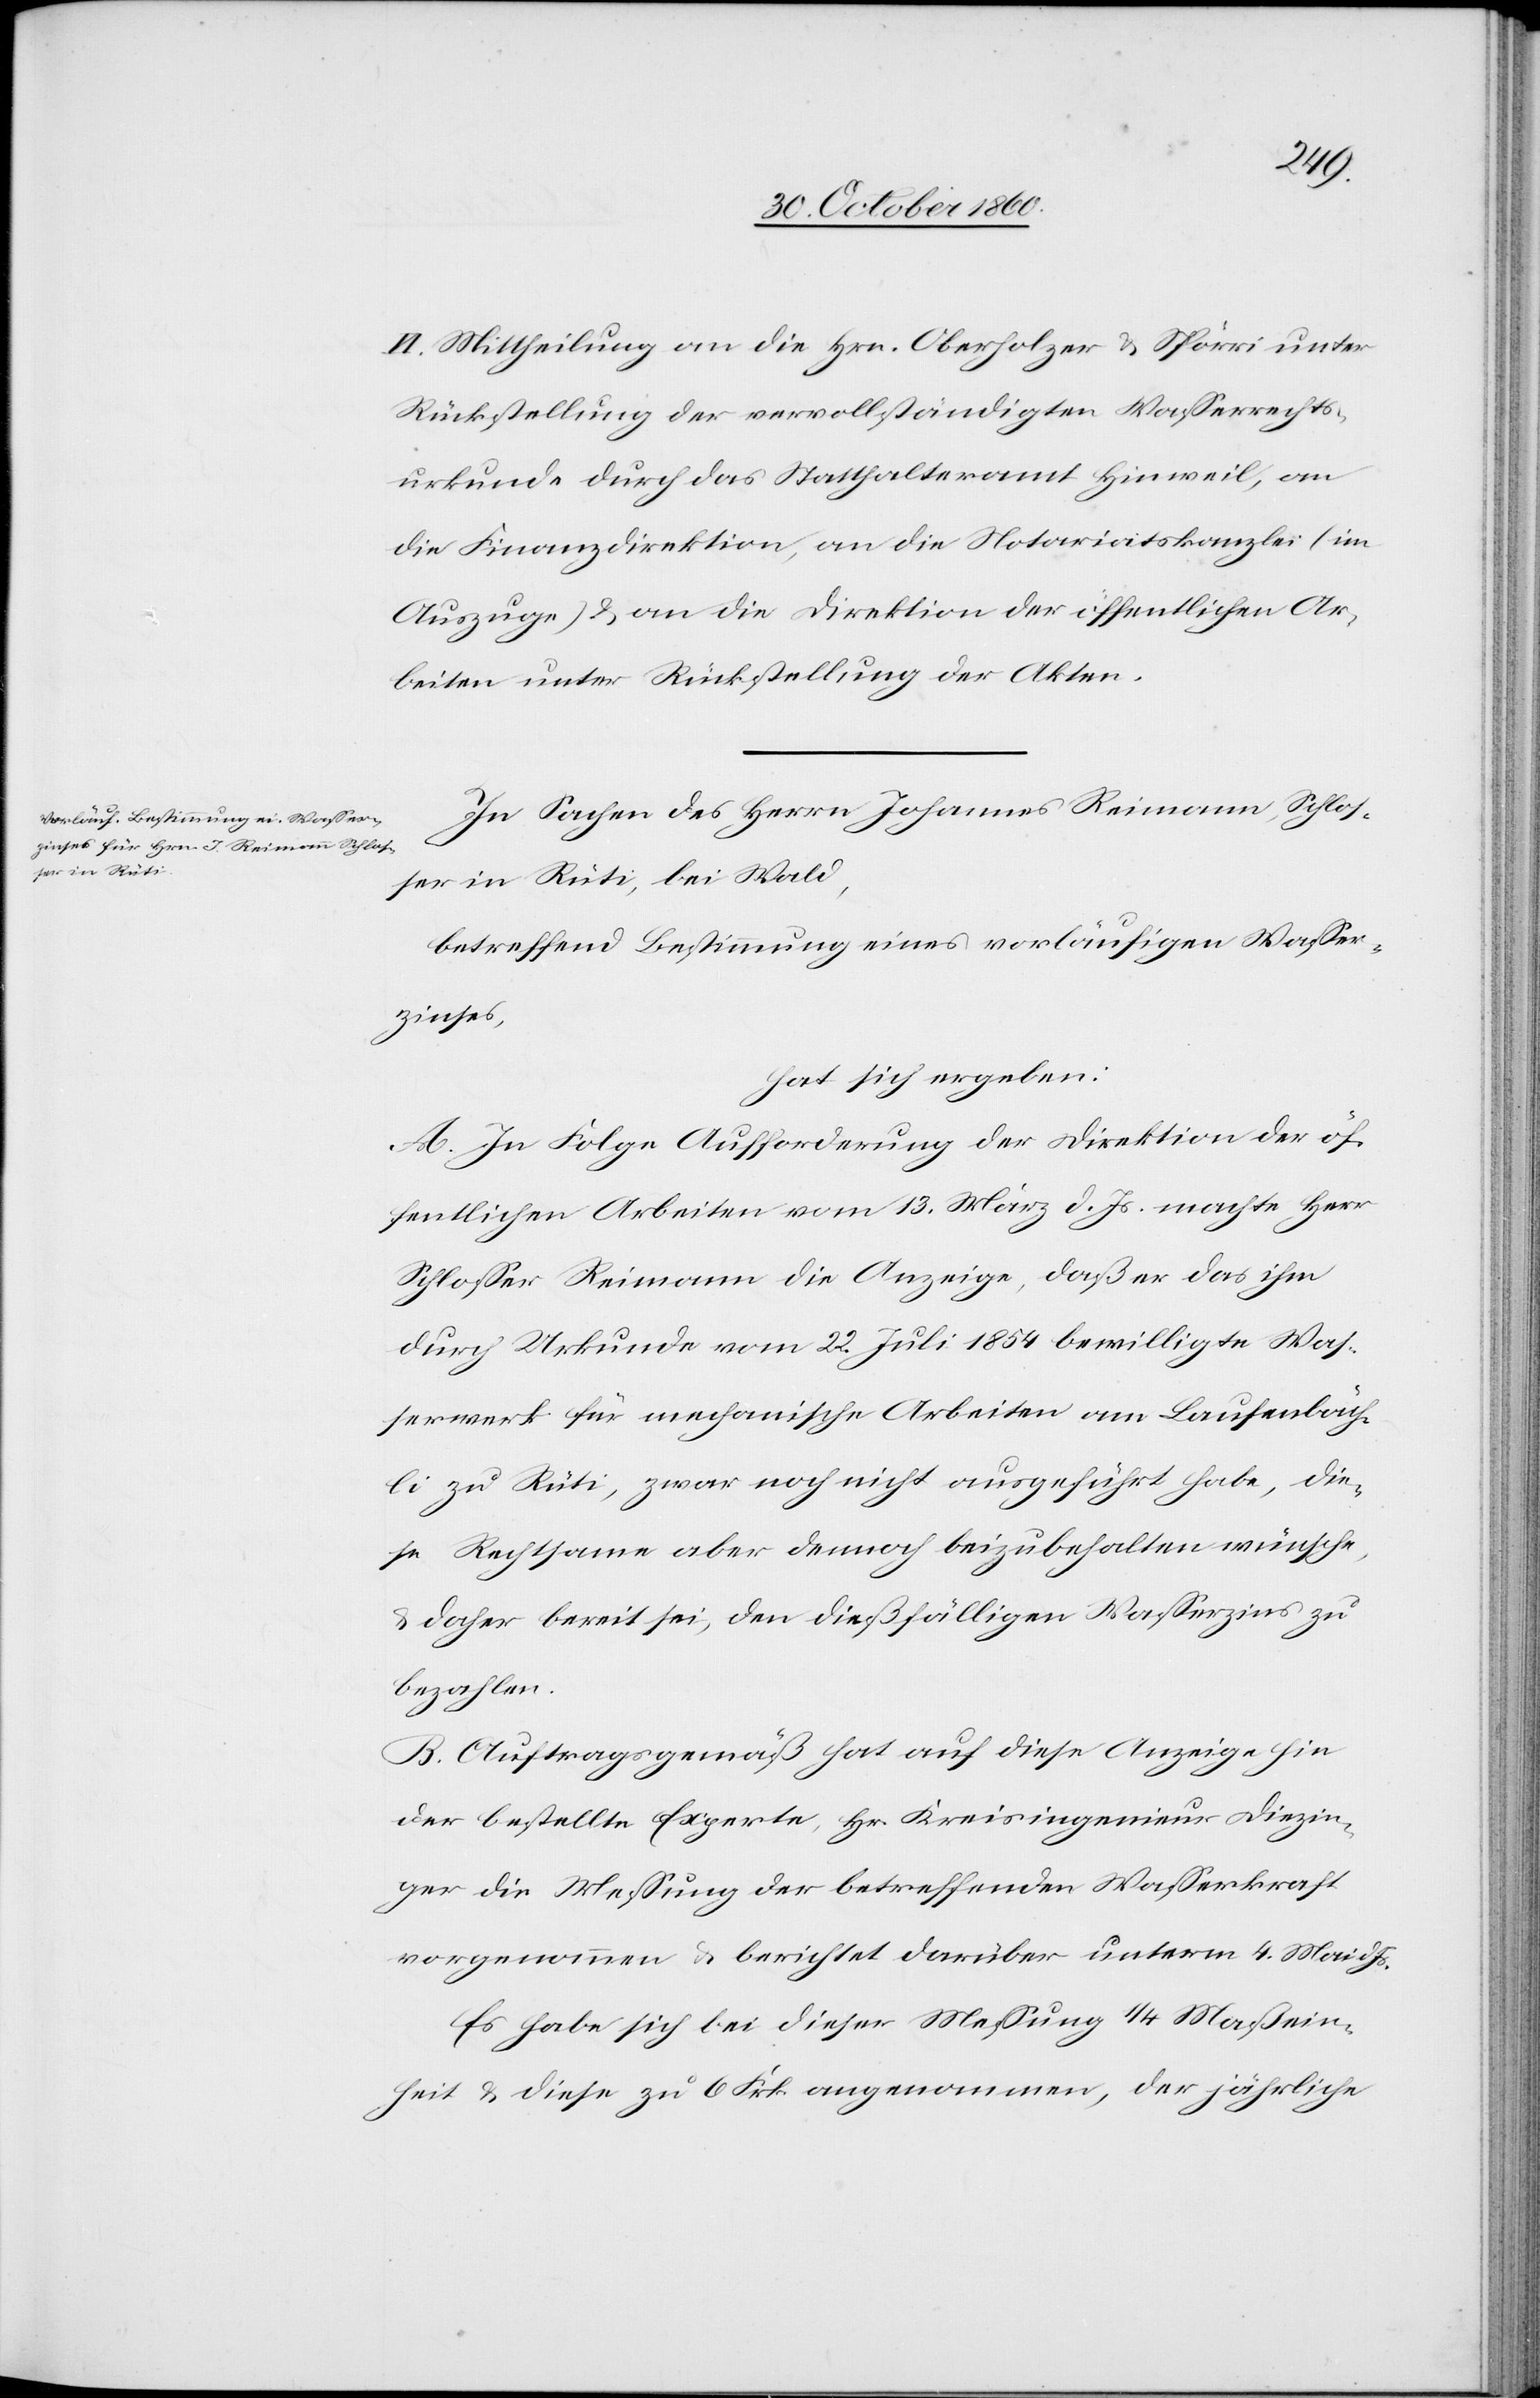
VI. Mittheilung an die Hrn. Oberholzer u. Spörri unter
Rückstellung der vervollständigten Wasserrechts¬
urkunde durch das Statthalteramt Hinweil, an
die Finanzdirektion, an die Notariatskanzlei (im
Auszuge) u. an die Direktion der öffentlichen Ar¬
beiten unter Rückstellung der Akten.
In Sachen des Herrn Johannes Reimann, Schlos¬
ser in Rüti, bei Wald,
betreffend Bestimmung eines vorläufigen Wasser¬
zinses,
hat sich ergeben:
A. In Folge Aufforderung der Direktion der öf¬
fentlichen Arbeiten vom 13. März machte Herr Schlosser
durch Urkunde vom 22. Juli 1854 bewilligte Was¬
serwerk für mechanische Arbeiten am Laufenbäch¬
li zu Rüti, zwar noch nicht ausgeführt habe, die¬
se Rechtsame aber dennoch beizubehalten wünsche,
u. daher bereit sei, den dießfälligen Wasserzins zu
bezahlen.
B. Auftragsgemäß hat auf diese Anzeige hin
der bestellte Experte, Hr. Kreisingenieur Diezin¬
ger die Messung der betreffenden Wasserkraft
vorgenommen u. berichtet darüber unterm 4. Mai d.
Es habe sich bei dieser Messung 1/4 Maßein¬
heiten u. diese zu 6 Frk. angenommen, der jährliche